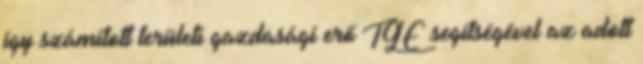
így számított területi gazdasági erő TGE segítségével az adott